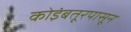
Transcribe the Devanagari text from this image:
कोइंबतूरपासून